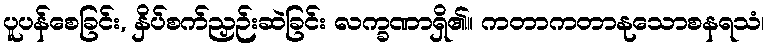
ပူပန်စေခြင်း, နှိပ်စက်ညှဉ်းဆဲခြင်း လက္ခဏာရှိ၏။ ကတာကတာနုသောစနရသံ၊